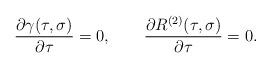
LaTeX: \begin{align*}{\partial\gamma(\tau,\sigma)\over\partial\tau}=0, \qquad{\partial R^{(2)}(\tau,\sigma)\over\partial\tau}=0 {.}\end{align*}